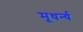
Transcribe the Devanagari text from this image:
मूधर्न्य